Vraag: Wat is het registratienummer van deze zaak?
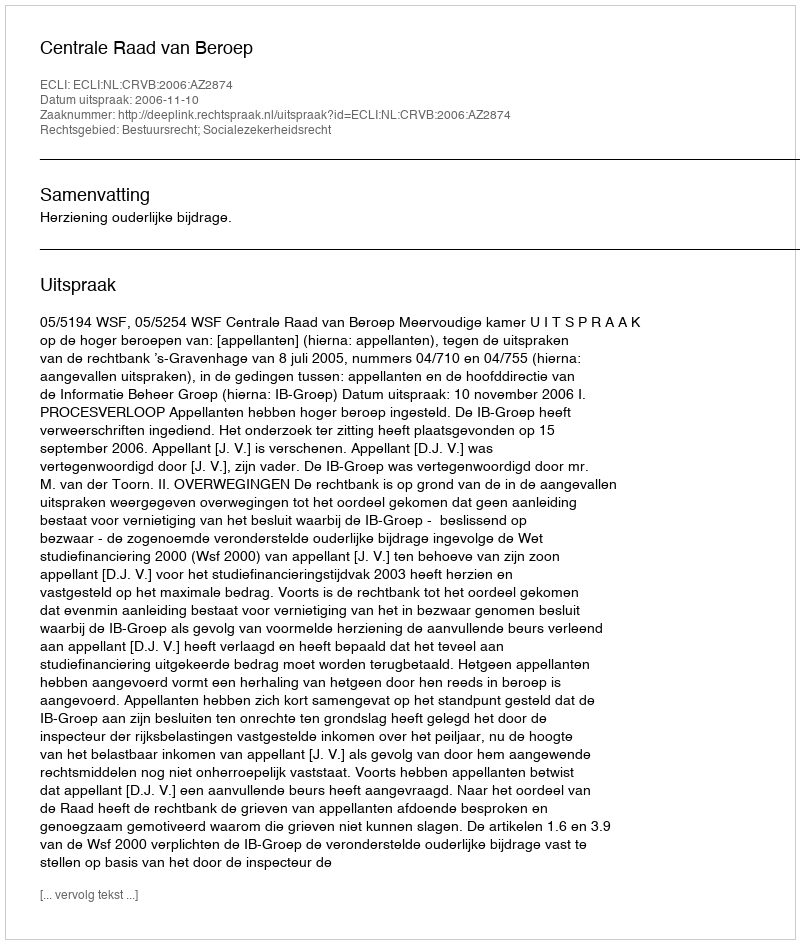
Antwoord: http://deeplink.rechtspraak.nl/uitspraak?id=ECLI:NL:CRVB:2006:AZ2874